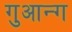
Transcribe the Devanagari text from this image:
गुआन्ग